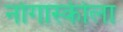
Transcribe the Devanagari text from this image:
नोगास्कीला